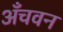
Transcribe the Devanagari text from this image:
अँचवन